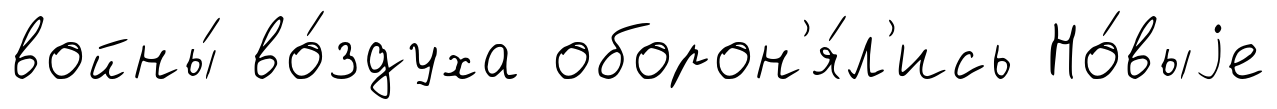
войны́ во́здуха оборон'я́л'ись Но́выjе